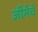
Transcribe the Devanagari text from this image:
जीभेचे